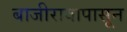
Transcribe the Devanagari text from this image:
बाजीरावापासून